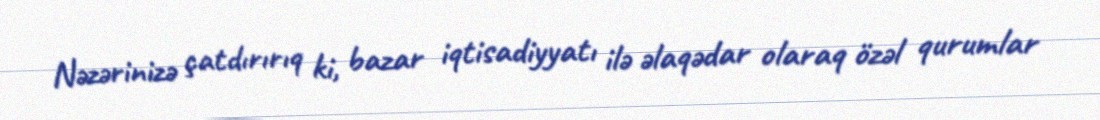
Nəzərinizə çatdırırıq ki, bazar iqtisadiyyatı ilə əlaqədar olaraq özəl qurumlar